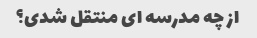
از چه مدرسه ای منتقل شدی؟